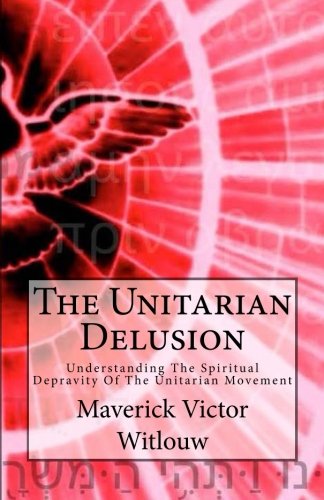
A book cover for The Unitarian Delusion: Understanding The Spiritual Depravity of the Unitarian Movement; Mr. Maverick Victor Witlouw; Religion & Spirituality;